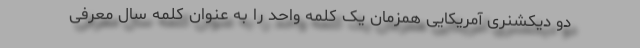
دو دیکشنری آمریکایی همزمان یک کلمه واحد را به عنوان کلمه سال معرفی